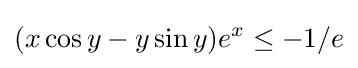
(x\cos y-y\sin y)e^{x}\leq -1/e